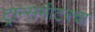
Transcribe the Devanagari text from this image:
ट्रान्समीटरचा